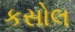
કસોલ